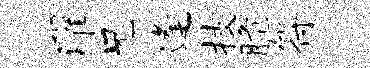
濯兄逢技脆符